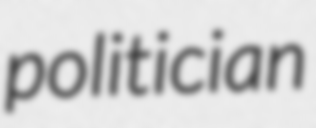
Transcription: politician